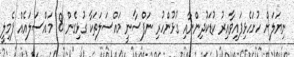
ނިޔަލަށް ހުށަހެޅިފައިވާއިރު ކުޑަކުދިންނާއި ގުޅުންހުރި ނަފްސާނީ މައްސަލަތަކާ ގުޅިގެން 18 މައްސަލައެއް ފެމިލީ